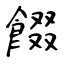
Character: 餟